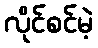
လိုင်စင်မဲ့